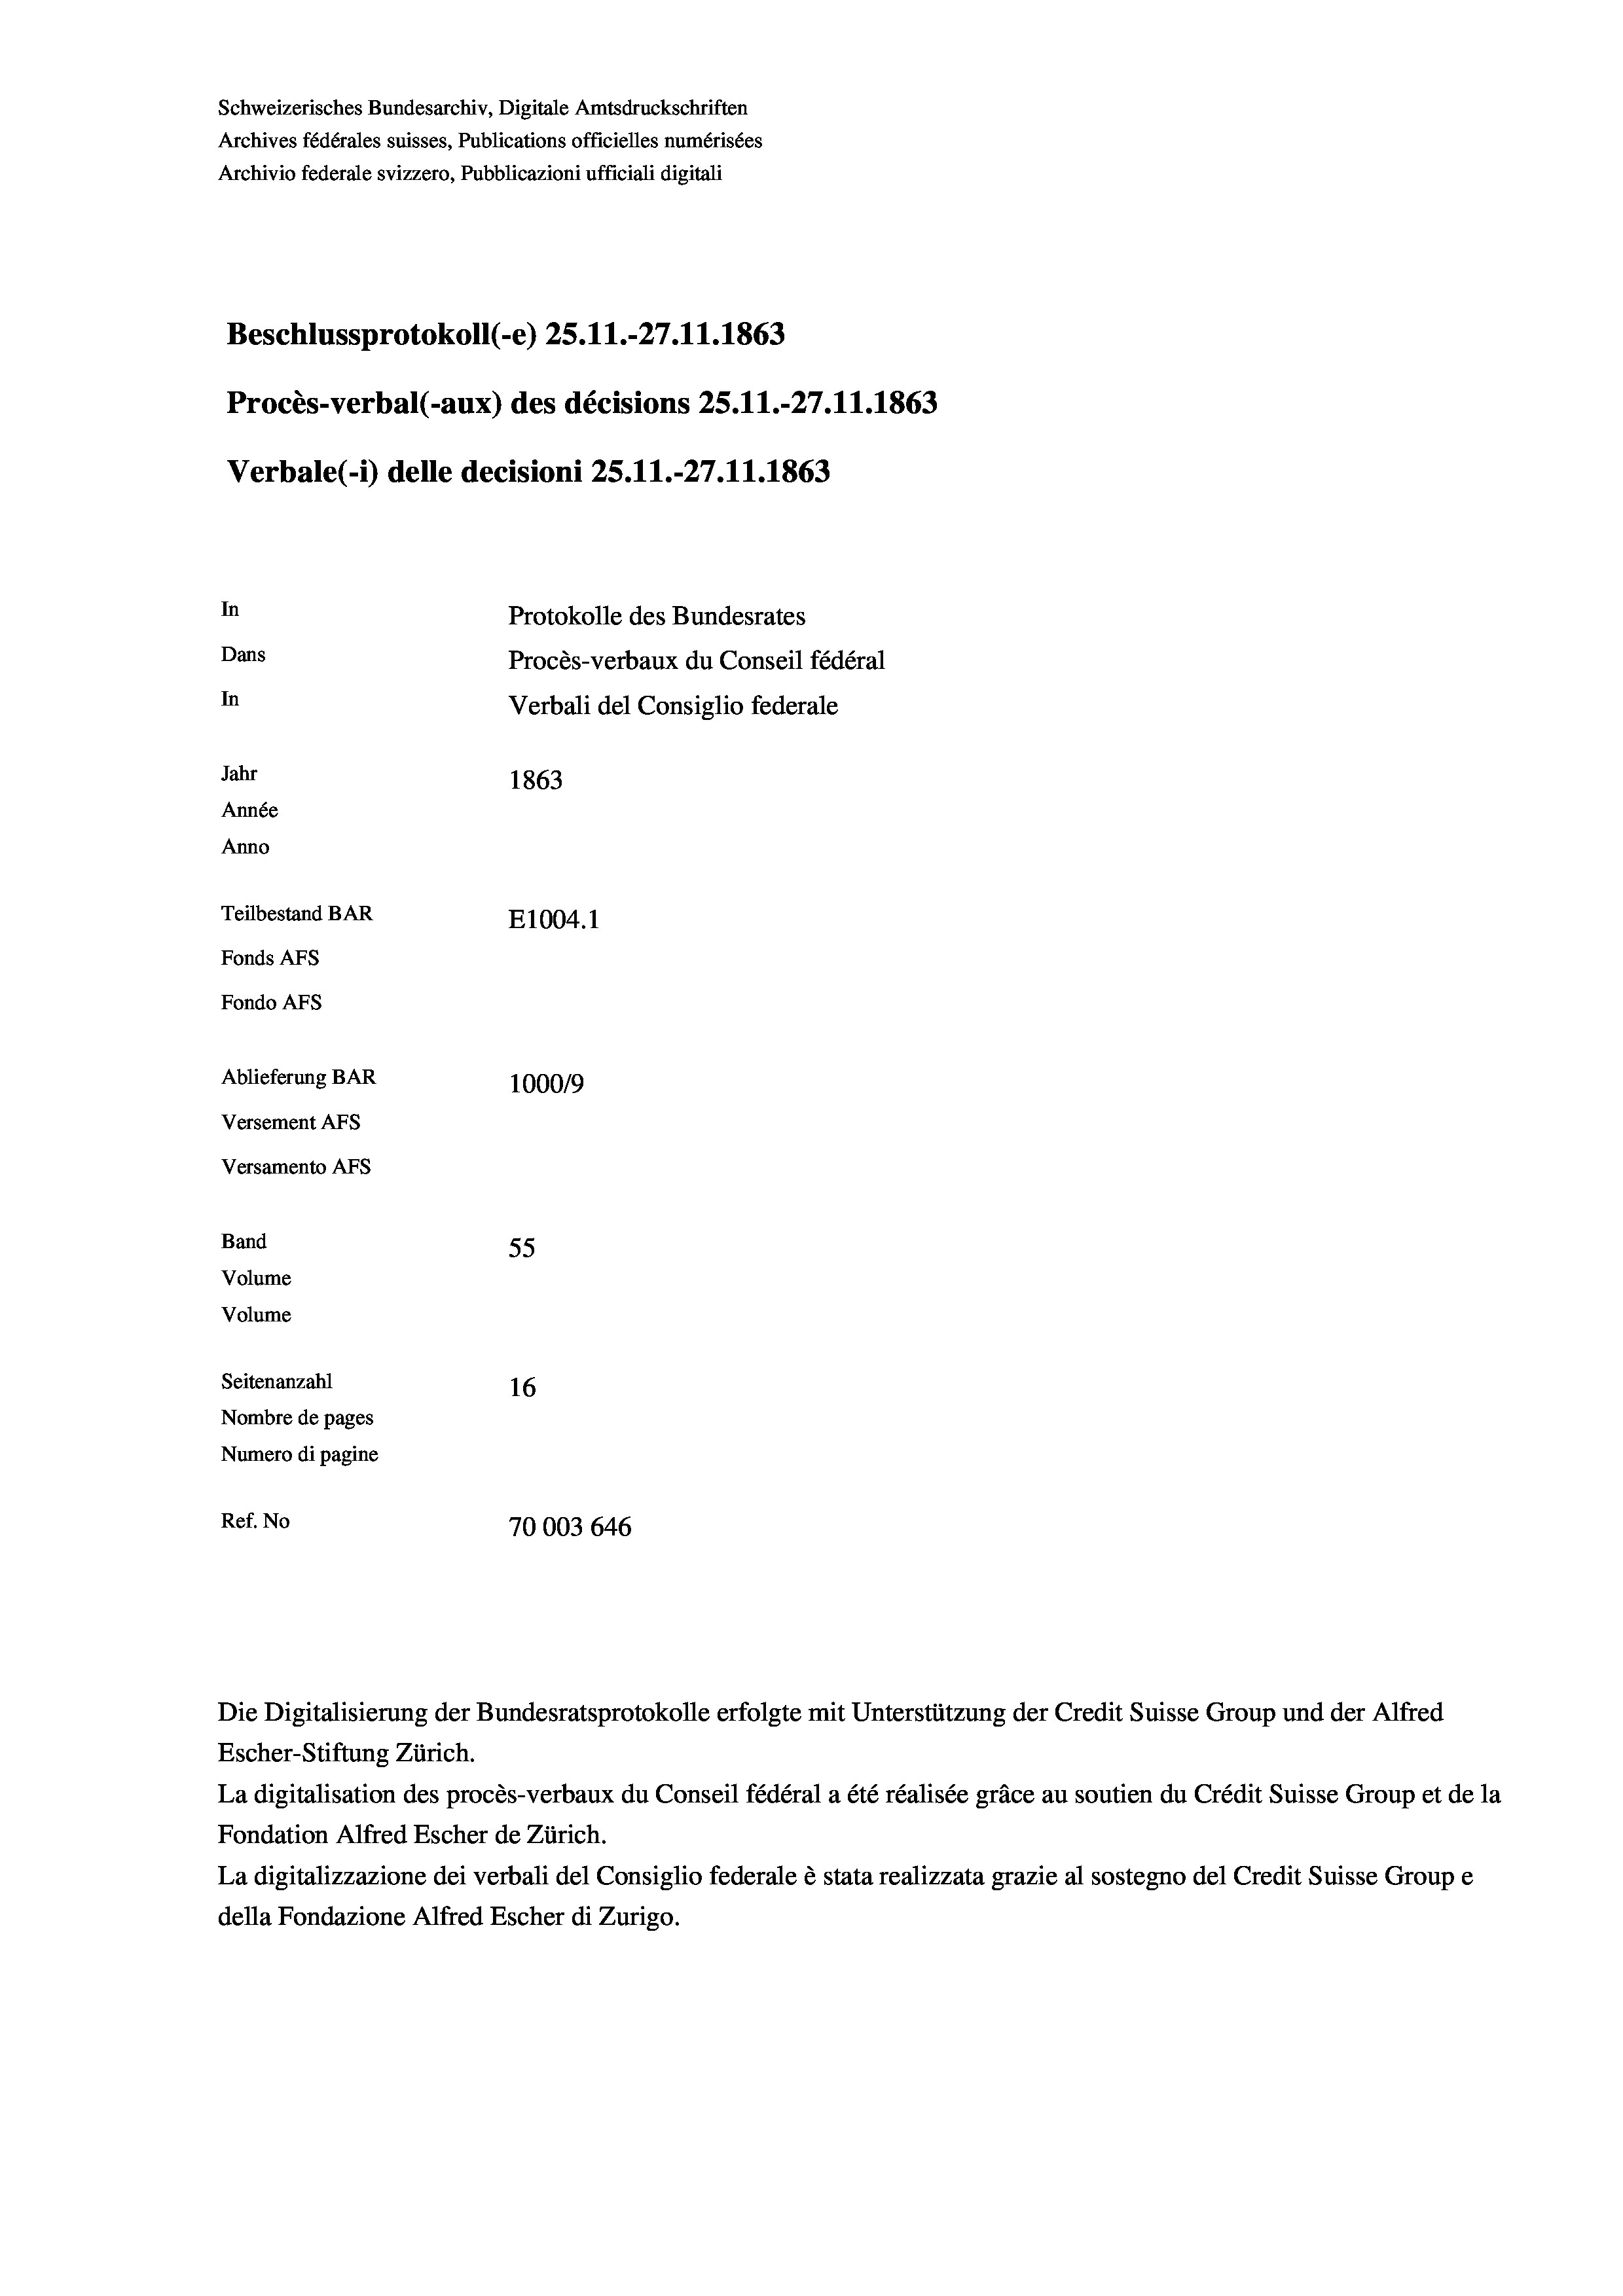
Schweizerisches Bundesarchiv, Digitale Amtsdruckschriften
Archives fédérales suisses, Publications officielles numérisées
Archivio federale svizzero, Pubblicazioni ufficiali digitali
Beschlussprotokoll (-e) 25.11.-27.11.1863
Procès-verbal (-aux) des décisions 25.11.-27.11.1863
Verbale (- 1) delle decisioni 25.11.-27.11.1863
In
Protokolle des Bundesrates
Dans
Procès-verbaux du Conseil fédéral
In
Verbali del Consiglio federale
Jahr
1863
Année
Anno
Teilbestand BAR
E1004. 1
Fonds AFs
Fondo AFs
Ablieferung BAR
1000/9
Versement AFs
Versamento AFs

55
Seitenanzahl
16
Nombre de pages
Numero di pagine
Ref. No
70003 646

Band
Volume
Volume

Escher-Stiftung Zürich.
La digitalisation des procès-verbaux du Conseil fédéral a été réalisée gräce au soutien du Crédit Suisse Group et de la
Fondation Alfred Escher de Zürich.
La digitalizzazione dei verbali del Consiglio federale è stata realizzata grazie al sostegno del Credit Suisse Groupe
della Fondazione Alfred Escher di Zurigo.

Die Digitalisierung der Bundesratsprotokolle erfolgte mit Unterstützung der Credit Suisse Group und der Alfred